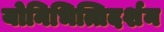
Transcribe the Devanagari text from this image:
योनिभित्तिदर्शन